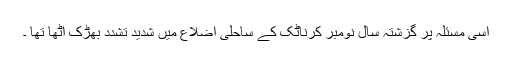
اسی مسئلہ پر گزشتہ سال نومبر کرناٹک کے ساحلی اضلاع میں شدید تشدد بھڑک اٹھا تھا ۔